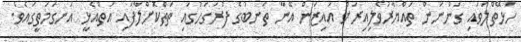
ހަޅޭތްލަވައި ގަންނަން ތައްޔާރުވެލިއިރަށް އައިޒަން އޭނާ ތަނބުގެ ފުރަގަހުގައި ތަތްކޮށްލާފައި އަތްއެޅީ އަނގަމަތީގައެވެ.